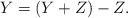
LaTeX: \begin{align*}Y = (Y+Z)-Z.\end{align*}